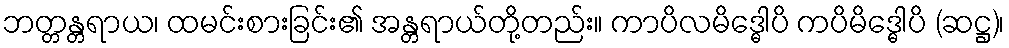
ဘတ္တန္တရာယ၊ ထမင်းစားခြင်း၏ အန္တရာယ်တို့တည်း။ ကာပိလမိဒ္ဓေါပိ ကပိမိဒ္ဓေါပိ (ဆဋ္ဌ)၊